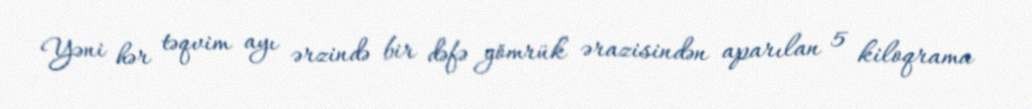
Yəni hər təqvim ayı ərzində bir dəfə gömrük ərazisindən aparılan 5 kiloqrama